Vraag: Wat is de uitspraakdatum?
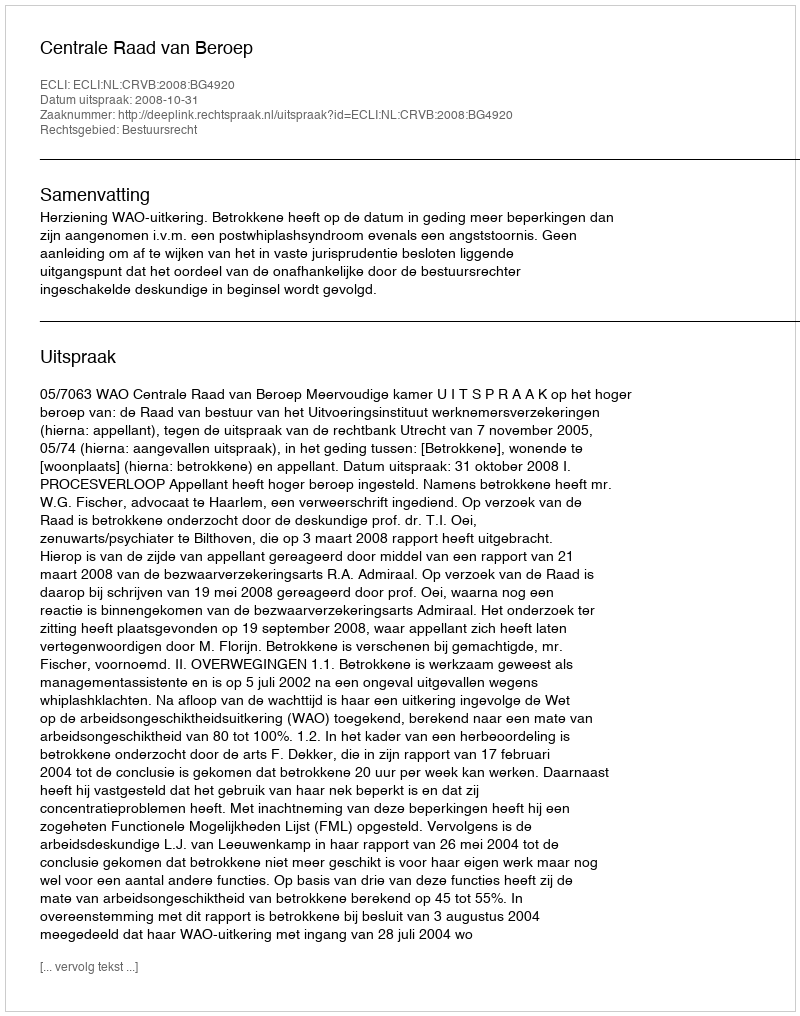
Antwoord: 2008-10-31